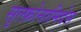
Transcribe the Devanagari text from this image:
सुल्फ़ोनामिदेस